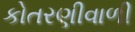
કોતરણીવાળી